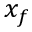
x _ { f }